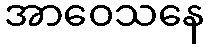
အာဝေသနေ